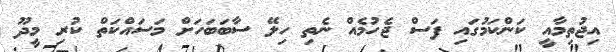
އިޖުތިމާއީ ކަންކަމުގައި ފަސް ޖެހުމެއް ނެތި ހިލޭ ސާބަބަހަށް މަސައްކަތް ކުރި މީދޫ